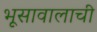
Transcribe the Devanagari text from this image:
भूसावालाची